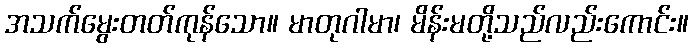
အသက်မွေးတတ်ကုန်သော။ မာတုဂါမာ၊ မိန်းမတို့သည်လည်းကောင်း။